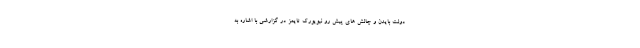
دولت بایدن و چالش‌ های پیش‌ رو نیویورک تایمز در گزارشی با اشاره به